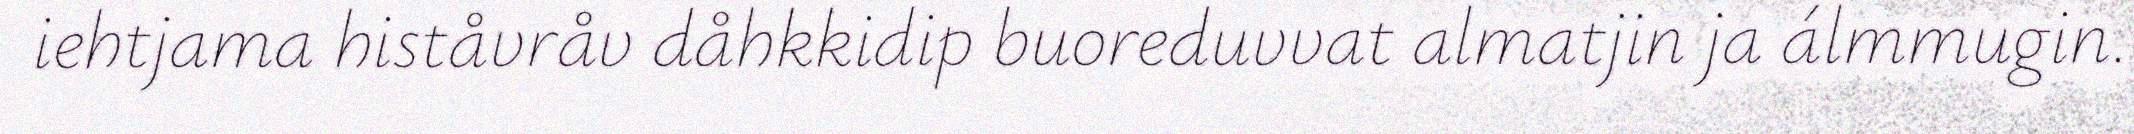
iehtjama histåvråv dåhkkidip buoreduvvat almatjin ja álmmugin.